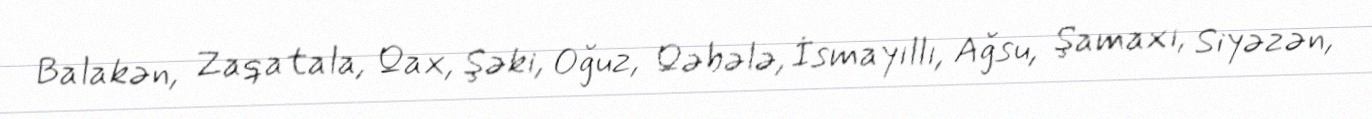
Balakən, Zaqatala, Qax, Şəki, Oğuz, Qəbələ, İsmayıllı, Ağsu, Şamaxı, Siyəzən,